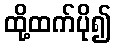
ထို့ထက်ပို၍